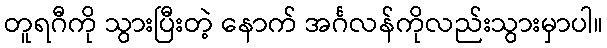
တူရဂီကို သွားပြီးတဲ့ နောက် အင်္ဂလန်ကိုလည်းသွားမှာပါ။